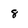
Character: 8